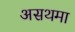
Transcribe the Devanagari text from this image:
असथमा